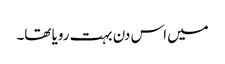
میں اس دن بہت رویا تھا۔